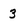
Character: 3